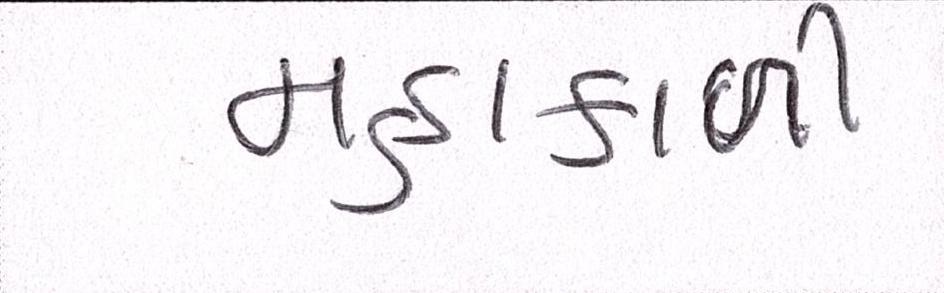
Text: મહાકાળી